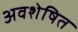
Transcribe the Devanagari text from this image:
अवशेषित